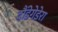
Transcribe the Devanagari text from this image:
दौंडेगेडेरा